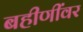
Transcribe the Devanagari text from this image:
बहीणींवर